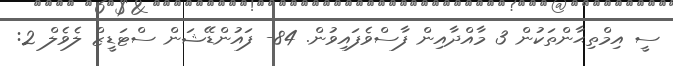
ސީ އިމްތިޙާންތަކުން 3 މާއްދާއިން ފާސްވެފައިވުން. 84- ފައުންޑޭޝަން ސްޓަޑީޒް ލެވެލް 2: